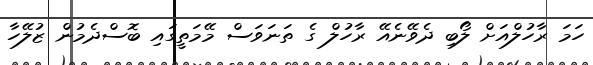
ހަމަ ރާހުލްއަށް ލޯބި ދެވޭނެއޭ ރާހުލް ގެ ތަނަވަސް މޭމަތީގައި ބޮސްދެމުން ޒުލޭހާ